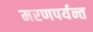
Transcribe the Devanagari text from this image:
मरणपर्यन्त